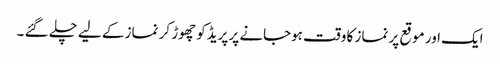
ایک اور موقع پر نماز کا وقت ہوجانے پر پریڈکو چھوڑ کر نماز کے لیے چلے گئے ۔